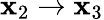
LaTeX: \mathbf{x}_{2}\rightarrow\mathbf{x}_{3}